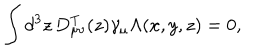
\int d ^ { 3 } z \, D _ { \mu \nu } ^ { \mathrm { T } } ( z ) \gamma _ { \mu } \Lambda ( x , y , z ) = 0 ,